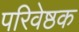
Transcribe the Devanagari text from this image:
परिवेष्ठक